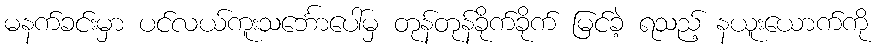
မနက်ခင်းမှာ ပင်လယ်ကူးသင်္ဘောပေါ်မှ တုန်တုန်ခိုက်ခိုက် မြင်ခဲ့ ရသည့် နယူးယောက်ကို